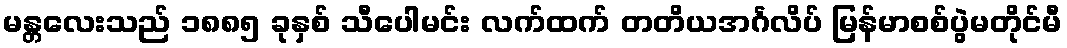
မန္တလေးသည် ၁၈၈၅ ခုနှစ် သီပေါမင်း လက်ထက် တတိယအင်္ဂလိပ် မြန်မာစစ်ပွဲမတိုင်မီ